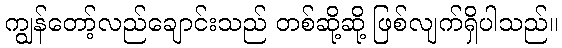
ကျွန်တော့်လည်ချောင်းသည် တစ်ဆို့ဆို့ ဖြစ်လျက်ရှိပါသည်။